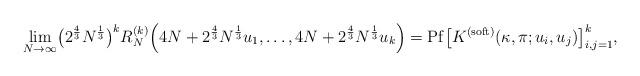
LaTeX: \begin{align*} \lim_{N \to \infty} & \big(2^{\frac{4}{3}}N^{\frac{1}{3}}\big)^k R_{N}^{(k)}\Big(4N+2^{\frac{4}{3}}N^{\frac{1}{3}}u_1, \ldots, 4N+2^{\frac{4}{3}}N^{\frac{1}{3}}u_k\Big)= \mathrm{Pf}\big[ { K^{(\mathrm{soft})}(\kappa, \pi; u_i, u_j)}\big]_{i,j = 1}^{k}, \end{align*}